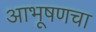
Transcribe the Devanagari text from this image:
आभूषणचा